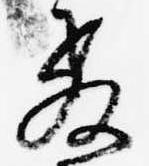
教